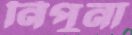
নিপুনা